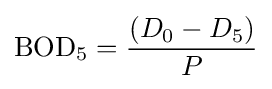
\mathrm {BOD} _{5}={\frac {(D_{0}-D_{5})}{P}}